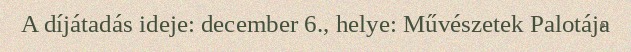
A díjátadás ideje: december 6., helye: Művészetek Palotája